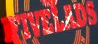
FIVELADS